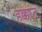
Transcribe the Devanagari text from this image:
हक्कांत